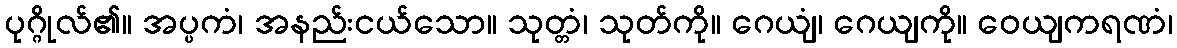
ပုဂ္ဂိုလ်၏။ အပ္ပကံ၊ အနည်းငယ်သော။ သုတ္တံ၊ သုတ်ကို။ ဂေယျံ၊ ဂေယျကို။ ဝေယျကရဏံ၊